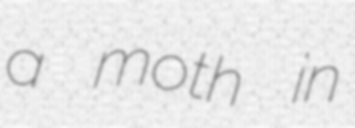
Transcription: a moth in